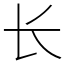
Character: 长